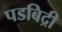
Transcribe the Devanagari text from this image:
पडबिद्री